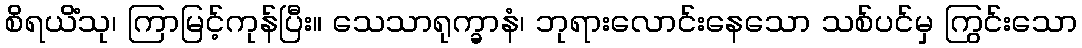
စိရယိံသု၊ ကြာမြင့်ကုန်ပြီး။ သေသာရုက္ခာနံ၊ ဘုရားလောင်းနေသော သစ်ပင်မှ ကြွင်းသော